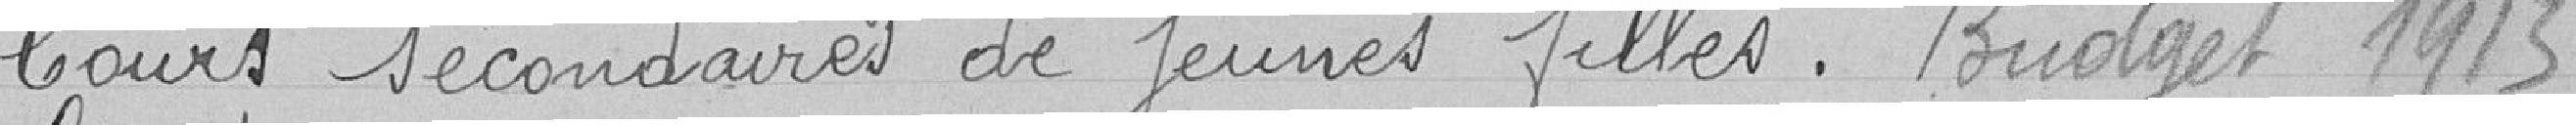
Cours Secondaires de jeunes filles. Budget 1913